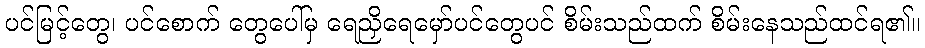
ပင်မြင့်တွေ၊ ပင်စောက် တွေပေါ်မှ ရေညှိရေမှော်ပင်တွေပင် စိမ်းသည်ထက် စိမ်းနေသည်ထင်ရ၏။